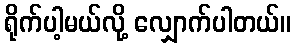
ရိုက်ပါ့မယ်လို့ လျှောက်ပါတယ်။